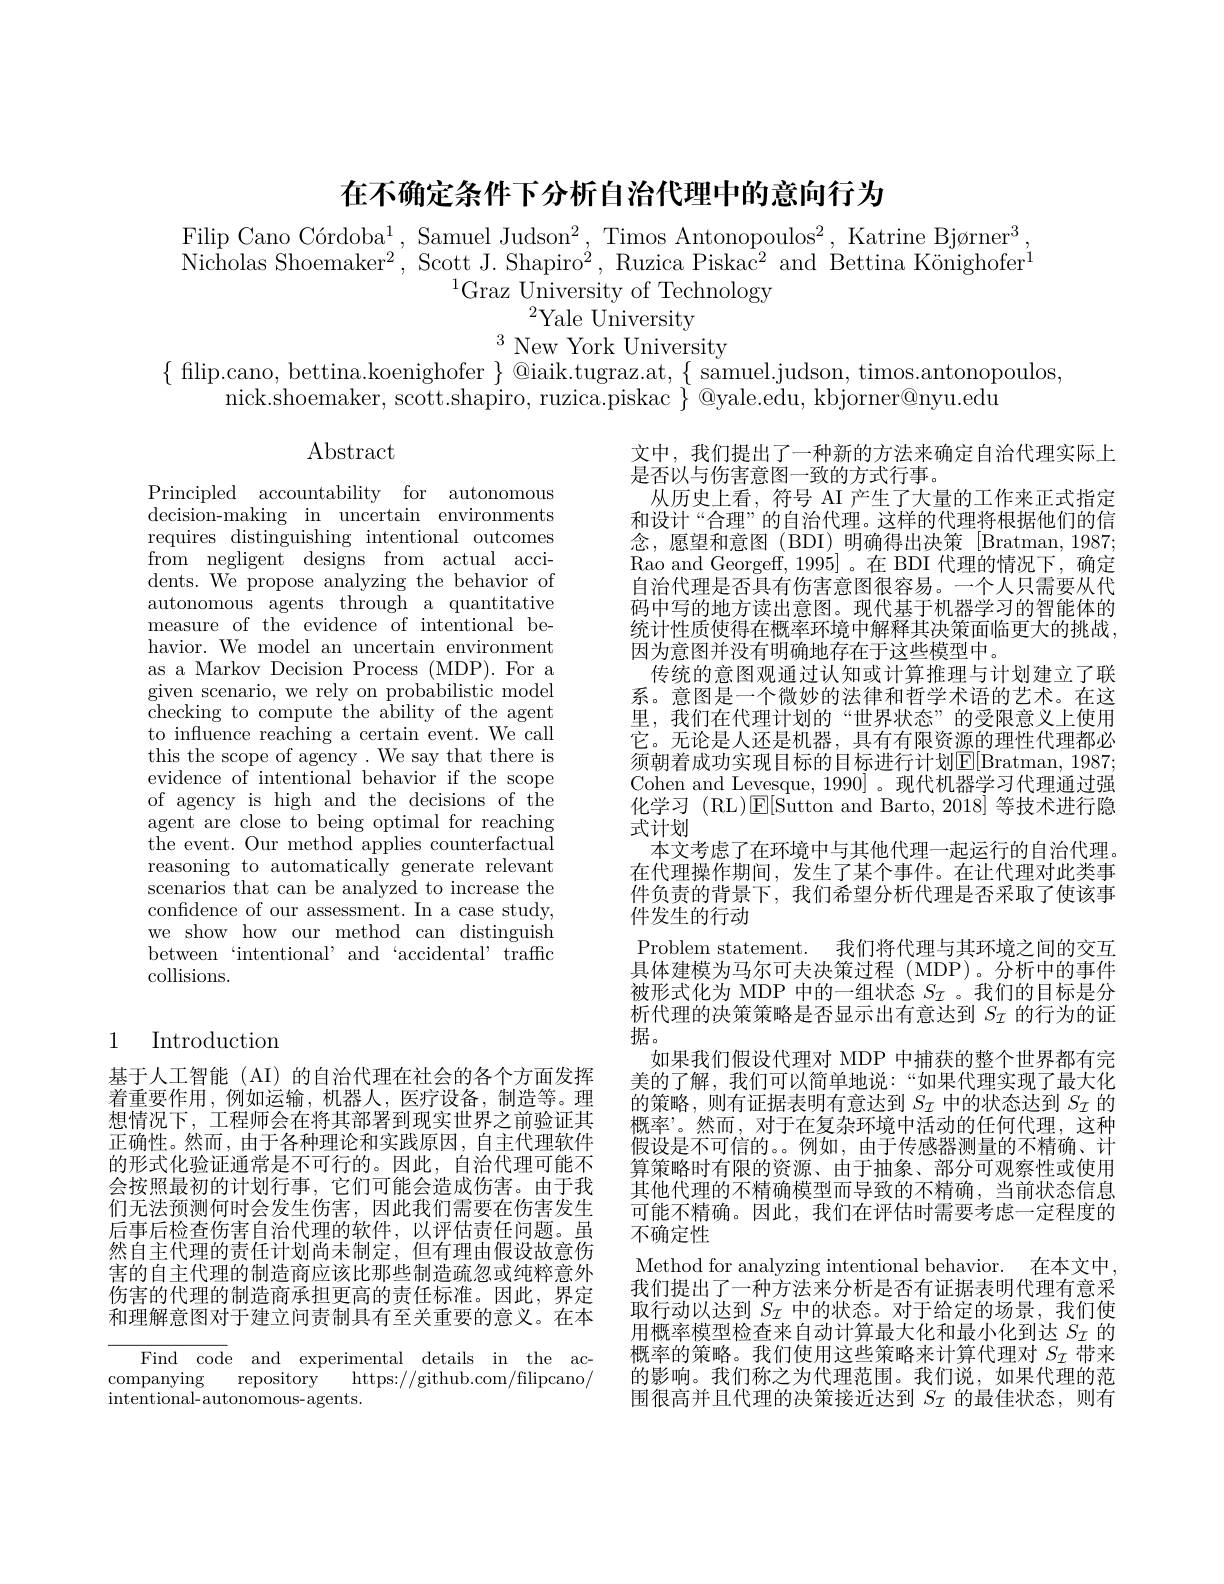
在不确定条件下分析自治代理中的意向行为

Filip Cano Córdoba$^1$, Samuel Judson$^2$, Timos Antonopoulos$^2$, Katrine Bjørner$^3$ $\bar{\text{Nicholas Shoemaker}^{2}}$,Scott J.Shapiro$^2,\bar{\text{Ruzica Piskac}^{2}}$and Bettina Könighofer$^1$
$^{1}$Graz University of Technology
$^{2}$Yale University
$^{3}$ New York University
$\{$ filip.cano, bettina.koenighofer $\}$ @iaik.tugraz.at, $\{$ samuel.judson, timos.antonopoulos,
nick.shoemaker, scott.shapiro, ruzica.piskac $\}$ @yale.edu, kbjorner@nyu.edu

$\operatorname{Abstract}$

Principled accountability for autonomous decision-making in uncertain environments requires distinguishing intentional outcomes from negligent designs from actual accidents. We propose analyzing the behavior of autonomous agents through a quantitative measure of the evidence of intentional behavior. We model an uncertain environment as a Markov Decision Process (MDP). For a given scenario, we rely on probabilistic model checking to compute the ability of the agent to influence reaching a certain event. We call this the scope of agency. We say that there is evidence of intentional behavior if the scope of agency is high and the decisions of the agent are close to being optimal for reaching the event. Our method applies counterfactual reasoning to automatically generate relevant scenarios that can be analyzed to increase the confdence of our assessment. In a case study, we show how our method can distinguish between‘intentional’and‘accidental’traffic collisions.

文中，我们提出了一种新的方法来确定自治代理实际上
是否以与伤害意图一致的方式行事。
从历史上看，符号 AI 产生了大量的工作来正式指定和设计“合理”的自治代理。这样的代理将根据他们的信念，愿望和意图(BDI)明确得出决策[Bratman,1987; Rao and Georgeff, 1995]。在 BDI 代理的情况下，确定自治代理是否具有伤害意图很容易。一个人只需要从代码中写的地方读出意图。现代基于机器学习的智能体的统计性质使得在概率环境中解释其决策面临更大的挑战， 因为意图并没有明确地存在于这些模型中。
传统的意图观通过认知或计算推理与计划建立了联系。意图是一个微妙的法律和哲学术语的艺术。在这里，我们在代理计划的“世界状态”的受限意义上使用它。无论是人还是机器，具有有限资源的理性代理都必须朝着成功实现目标的目标进行计划$\mathbb{E}[$Bratman, 1987; Cohen and Levesque, 1990]。现代机器学习代理通过强化学习 (RL)$\operatorname{E}[$Sutton and Barto, 2018]等技术进行隐式计划
本文考虑了在环境中与其他代理一起运行的自治代理。在代理操作期间，发生了某个事件。在让代理对此类事件负责的背景下，我们希望分析代理是否采取了使该事件发生的行动
Problem statement. 我们将代理与其环境之间的交互具体建模为马尔可夫决策过程 (MDP)。分析中的事件被形式化为 MDP 中的一组状态$S_\mathrm{I}$ 。我们的目标是分析代理的决策策略是否显示出有意达到$S_\mathrm{I}$的行为的证据。
如果我们假设代理对 MDP 中捕获的整个世界都有完美的了解，我们可以简单地说：“如果代理实现了最大化的策略，则有证据表明有意达到$S_\mathcal{I}$中的状态达到$S_\mathcal{I}$的概率”。然而，对于在复杂环境中活动的任何代理，这种假设是不可信的。。例如，由于传感器测量的不精确、计算策略时有限的资源、由于抽象、部分可观察性或使用其他代理的不精确模型而导致的不精确，当前状态信息可能不精确。因此，我们在评估时需要考虑一定程度的不确定性
Method for analyzing intentional behavior. 在本文中我们提出了一种方法来分析是否有证据表明代理有意采取行动以达到$S_I$中的状态。对于给定的场景，我们使用概率模型检查来自动计算最大化和最小化到达$S_\mathrm{I}$的概率的策略。我们使用这些策略来计算代理对$S_\mathrm{I}$带来的影响。我们称之为代理范围。我们说，如果代理的范围很高并且代理的决策接近达到$S_\mathcal{I}$的最佳状态，则有

## 1 Introduction

基于人工智能(AI) 的自治代理在社会的各个方面发挥着重要作用，例如运输，机器人，医疗设备，制造等。理想情况下，工程师会在将其部署到现实世界之前验证其正确性。然而，由于各种理论和实践原因，自主代理软件的形式化验证通常是不可行的。因此，自治代理可能不会按照最初的计划行事，它们可能会造成伤害。由于我们无法预测何时会发生伤害，因此我们需要在伤害发生后事后检查伤害自治代理的软件，以评估责任问题。虽然自主代理的责任计划尚未制定，但有理由假设故意伤害的自主代理的制造商应该比那些制造疏忽或纯粹意外伤害的代理的制造商承担更高的责任标准。因此，界定和理解意图对于建立问责制具有至关重要的意义。在本

Find code and experimental details in the accompanying  repository  https://github.com/filipcano/ intentional-autonomous-agents.